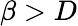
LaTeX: \beta>D